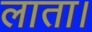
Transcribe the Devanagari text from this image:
लाता।